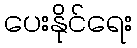
ပေးနိုင်ရေး